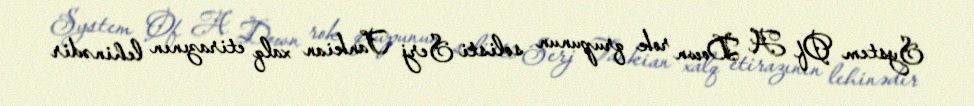
System Of A Down rok qrupunun solisti Serj Tankian xalq etirazının lehinədir